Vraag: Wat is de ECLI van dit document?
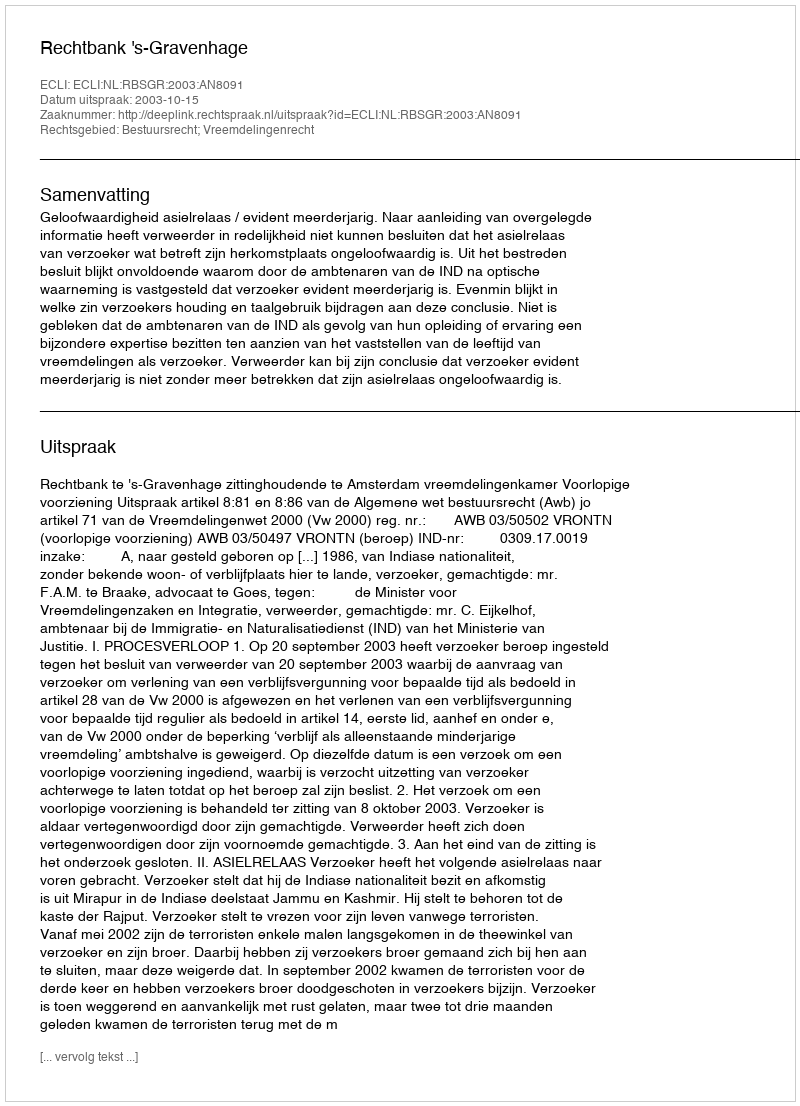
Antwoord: ECLI:NL:RBSGR:2003:AN8091